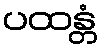
ပထန္တံ